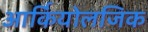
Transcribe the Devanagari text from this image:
आर्कियोलजिक